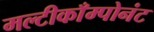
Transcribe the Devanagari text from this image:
मल्टीकाँम्पोनंट